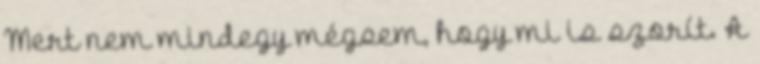
Mert nem mindegy mégsem, hogy mi is szorít. A